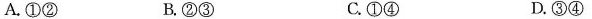
A.①② B.②③ C.①④ D.③④